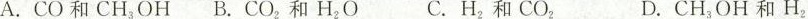
A.CO和CH_{3}OH B.CO_{2}和H_{2}O C.H_{2}和CO_{2} D.CH_{3}OH和H_{2}